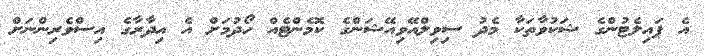
އެ ޕައިލެޓުންގެ ޝަކުވާތަކާ މެދު ސިވިލްއޭވިއޭޝަންގެ ކޮމެންޓެއް ހޯދުމަށް އެ އިދާރާގެ އިސްވެރިންނަށް